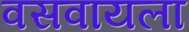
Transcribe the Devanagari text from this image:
वसवायला